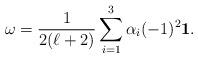
LaTeX: \begin{align*} \omega=\frac{1}{2(\ell+2)}\sum\limits_{i=1}^{3}\alpha_i(-1)^2\mathbf{1}.\end{align*}